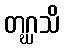
တဂ္ဃသိ